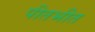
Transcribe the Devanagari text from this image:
पीतभीत